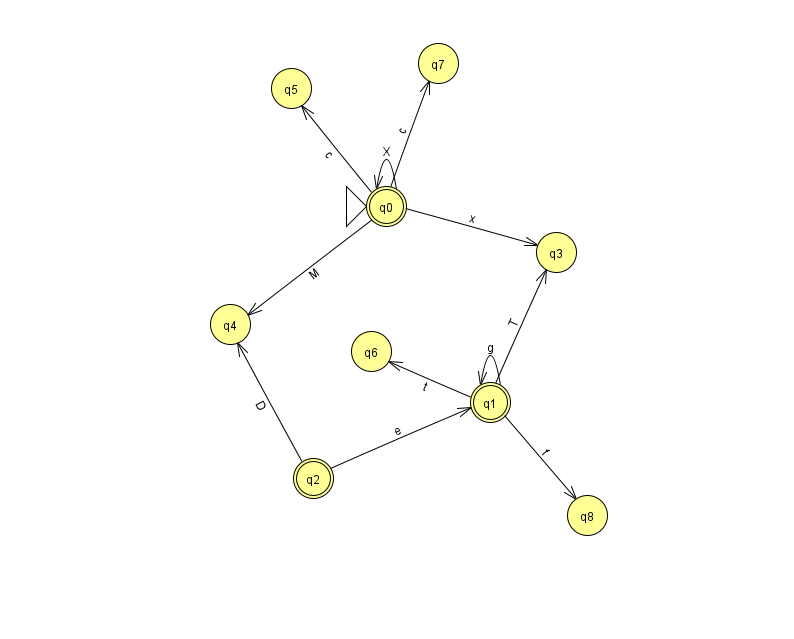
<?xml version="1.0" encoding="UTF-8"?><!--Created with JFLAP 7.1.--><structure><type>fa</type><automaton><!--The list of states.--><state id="0" name="q0"><x>386.0</x><y>193.0</y><initial/><final/></state><state id="1" name="q1"><x>490.0</x><y>389.0</y><final/></state><state id="2" name="q2"><x>313.0</x><y>465.0</y><final/></state><state id="3" name="q3"><x>556.0</x><y>239.0</y></state><state id="4" name="q4"><x>230.0</x><y>311.0</y></state><state id="5" name="q5"><x>291.0</x><y>75.0</y></state><state id="6" name="q6"><x>371.0</x><y>338.0</y></state><state id="7" name="q7"><x>438.0</x><y>50.0</y></state><state id="8" name="q8"><x>587.0</x><y>502.0</y></state><!--The list of transitions.--><transition><from>0</from><to>7</to><read>c</read></transition><transition><from>1</from><to>3</to><read>T</read></transition><transition><from>1</from><to>6</to><read>t</read></transition><transition><from>0</from><to>5</to><read>c</read></transition><transition><from>1</from><to>1</to><read>g</read></transition><transition><from>0</from><to>0</to><read>X</read></transition><transition><from>0</from><to>3</to><read>x</read></transition><transition><from>0</from><to>4</to><read>M</read></transition><transition><from>1</from><to>8</to><read>f</read></transition><transition><from>2</from><to>1</to><read>e</read></transition><transition><from>2</from><to>4</to><read>D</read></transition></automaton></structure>